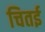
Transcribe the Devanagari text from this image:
चितई